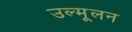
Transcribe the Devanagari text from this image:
उल्मूलन